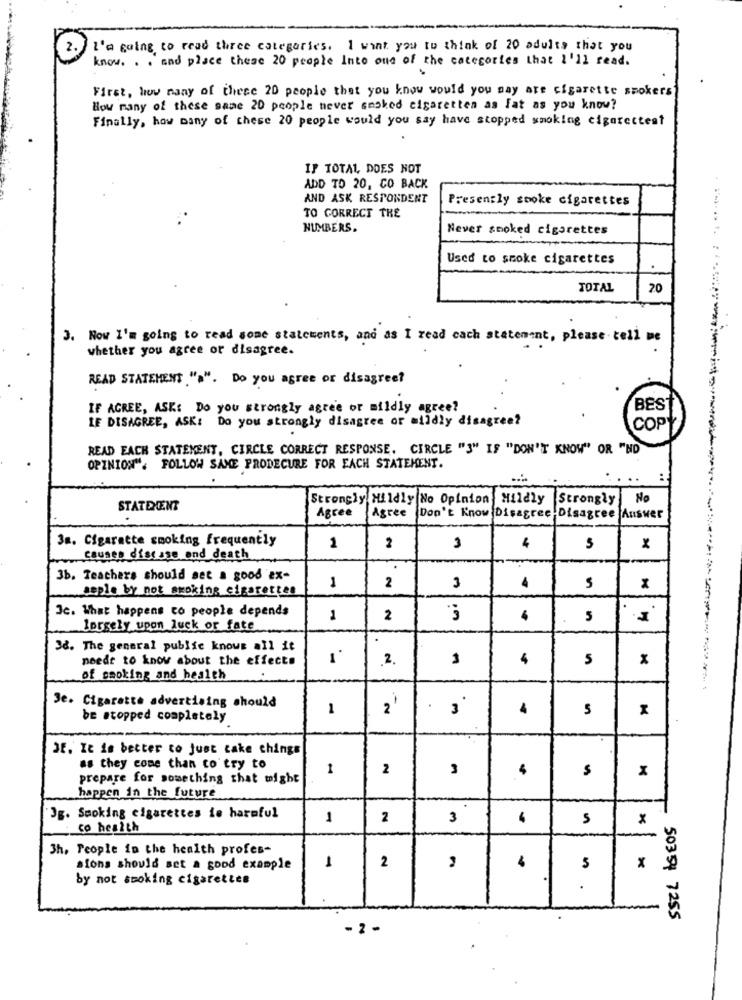
I'm going to read three categories. I want you to think of 20 adults that you
know. . . and place these 20 people Into one of the categories that I'll read.
First, how many of these 20 people that you know would you may are cigarette smokers
How many of these same 20 people never cashed cigaretten as fat as you know?
Finally, how many of these 20 people would you say have stopped smoking cigarettest
IF TOTAL DOES NOT
ADD TO 20, CO BACK
AND ASK RESPONDENT
Presently smoke cigarettes
TO CORRECT THE
NUMBERS.
Never smoked cigarettes
Used to smoke cigarettes
TOTAL
20
). Now I'm going to read some statements, and as I read cach statement, please tell me
whether you agree or disagree.
READ STATEMENT "a". Do you agree or disagree?
IF AGREE, ASK: Do you strongly agree or mildly agree?
BES
LE DISAGREE, ASK: Do you strongly disagree or mildly disagree?
COP
READ EACH STATEMENT, CIRCLE CORRECT RESPONSE. CIRCLE "3" IS "DON'T KNOW" OR "NO
OPINION". FOLLOW SAME PRODECURE FOR EACH STATEMENT.
..
Strongly Mildly No Opinion Mildly Strongly No
STATDENT
Agree
Agree
Don't Know Disagree Disagree Answer
Ja. Cigarette smoking frequently
1
2
5
x
causes disease and death
-
3b. Teachers should set a good 'ex-
upple by not smoking cigarettes
1
2
3
4
Jc. What happens to people depends
1
2
5
lorgely upon luck or fate
38. The general public knows all it
needs to know about the effects
2.
1
4
5
of cooking and health
Je. Cigarette advertising should
1
2
4
5
be stopped completely
JE. It is better to Just cake chings
as they come than to try to
1
2
3
$
prepare for something that might
happen in the future
3g. Smoking cigarettes is harmful
1
2
3
4
5
x
co health
-
3h, People in the health profes-
2
sions should set a good example
1
5
x
by not smoking cigarettes
.
50351 7255
-2 -